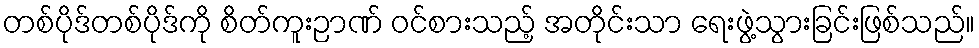
တစ်ပိုဒ်တစ်ပိုဒ်ကို စိတ်ကူးဉာဏ် ဝင်စားသည့် အတိုင်းသာ ရေးဖွဲ့သွားခြင်းဖြစ်သည်။